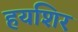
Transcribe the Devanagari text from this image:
हयशिर